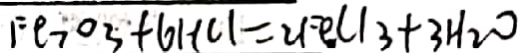
F e _ { 2 } O _ { 3 } + 6 H C l = 2 F e C l _ { 3 } + 3 H _ { 2 } O